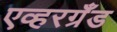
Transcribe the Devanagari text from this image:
एव्हरग्रँड